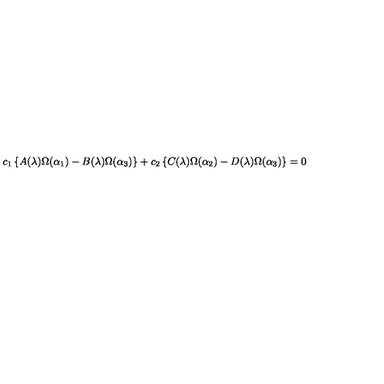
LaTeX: c _ { 1 } \left\{ A ( \lambda ) \Omega ( \alpha _ { 1 } ) - B ( \lambda ) \Omega ( \alpha _ { 3 } ) \right\} + c _ { 2 } \left\{ C ( \lambda ) \Omega ( \alpha _ { 2 } ) - D ( \lambda ) \Omega ( \alpha _ { 3 } ) \right\} = 0